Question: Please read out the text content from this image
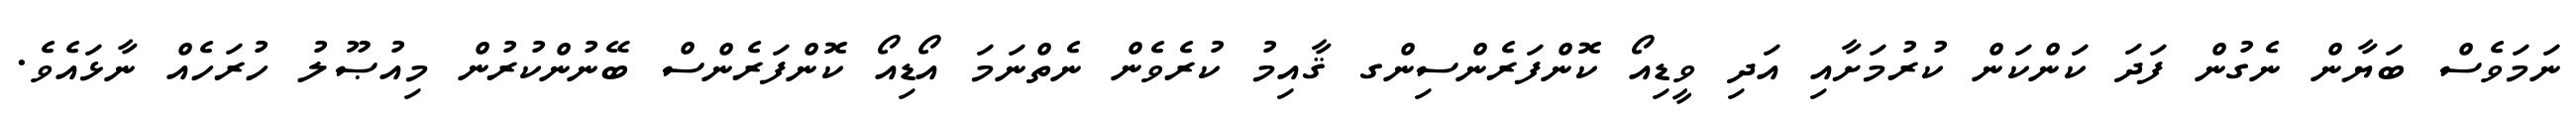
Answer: ނަމަވެސް ބަޔާން ނެގުން ފަދަ ކަންކަން ކުރުމަށާއި އަދި ވީޑިއޯ ކޮންފަރެންސިންގ ޤާއިމު ކުރެވެން ނެތްނަމަ އޯޑިއޯ ކޮންފަރެންސް ބޭނުންކުރުން މިއުޞޫލު ހުރަހެއް ނާޅައެވެ.